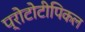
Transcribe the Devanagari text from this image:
प्रोटोटीपिकल